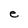
Character: e